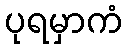
ပုရမှာကံ